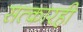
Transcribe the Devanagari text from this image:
सत्कारही